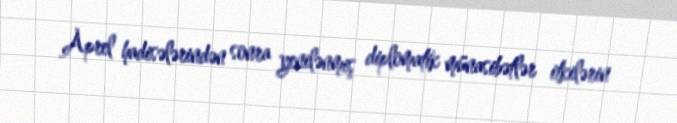
Aprel hadisələrindən sonra yenilənmiş diplomatik münasibətlər itkilərin